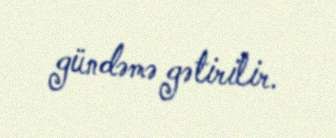
gündəmə gətirilir.